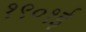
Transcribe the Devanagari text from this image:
१९०१ई